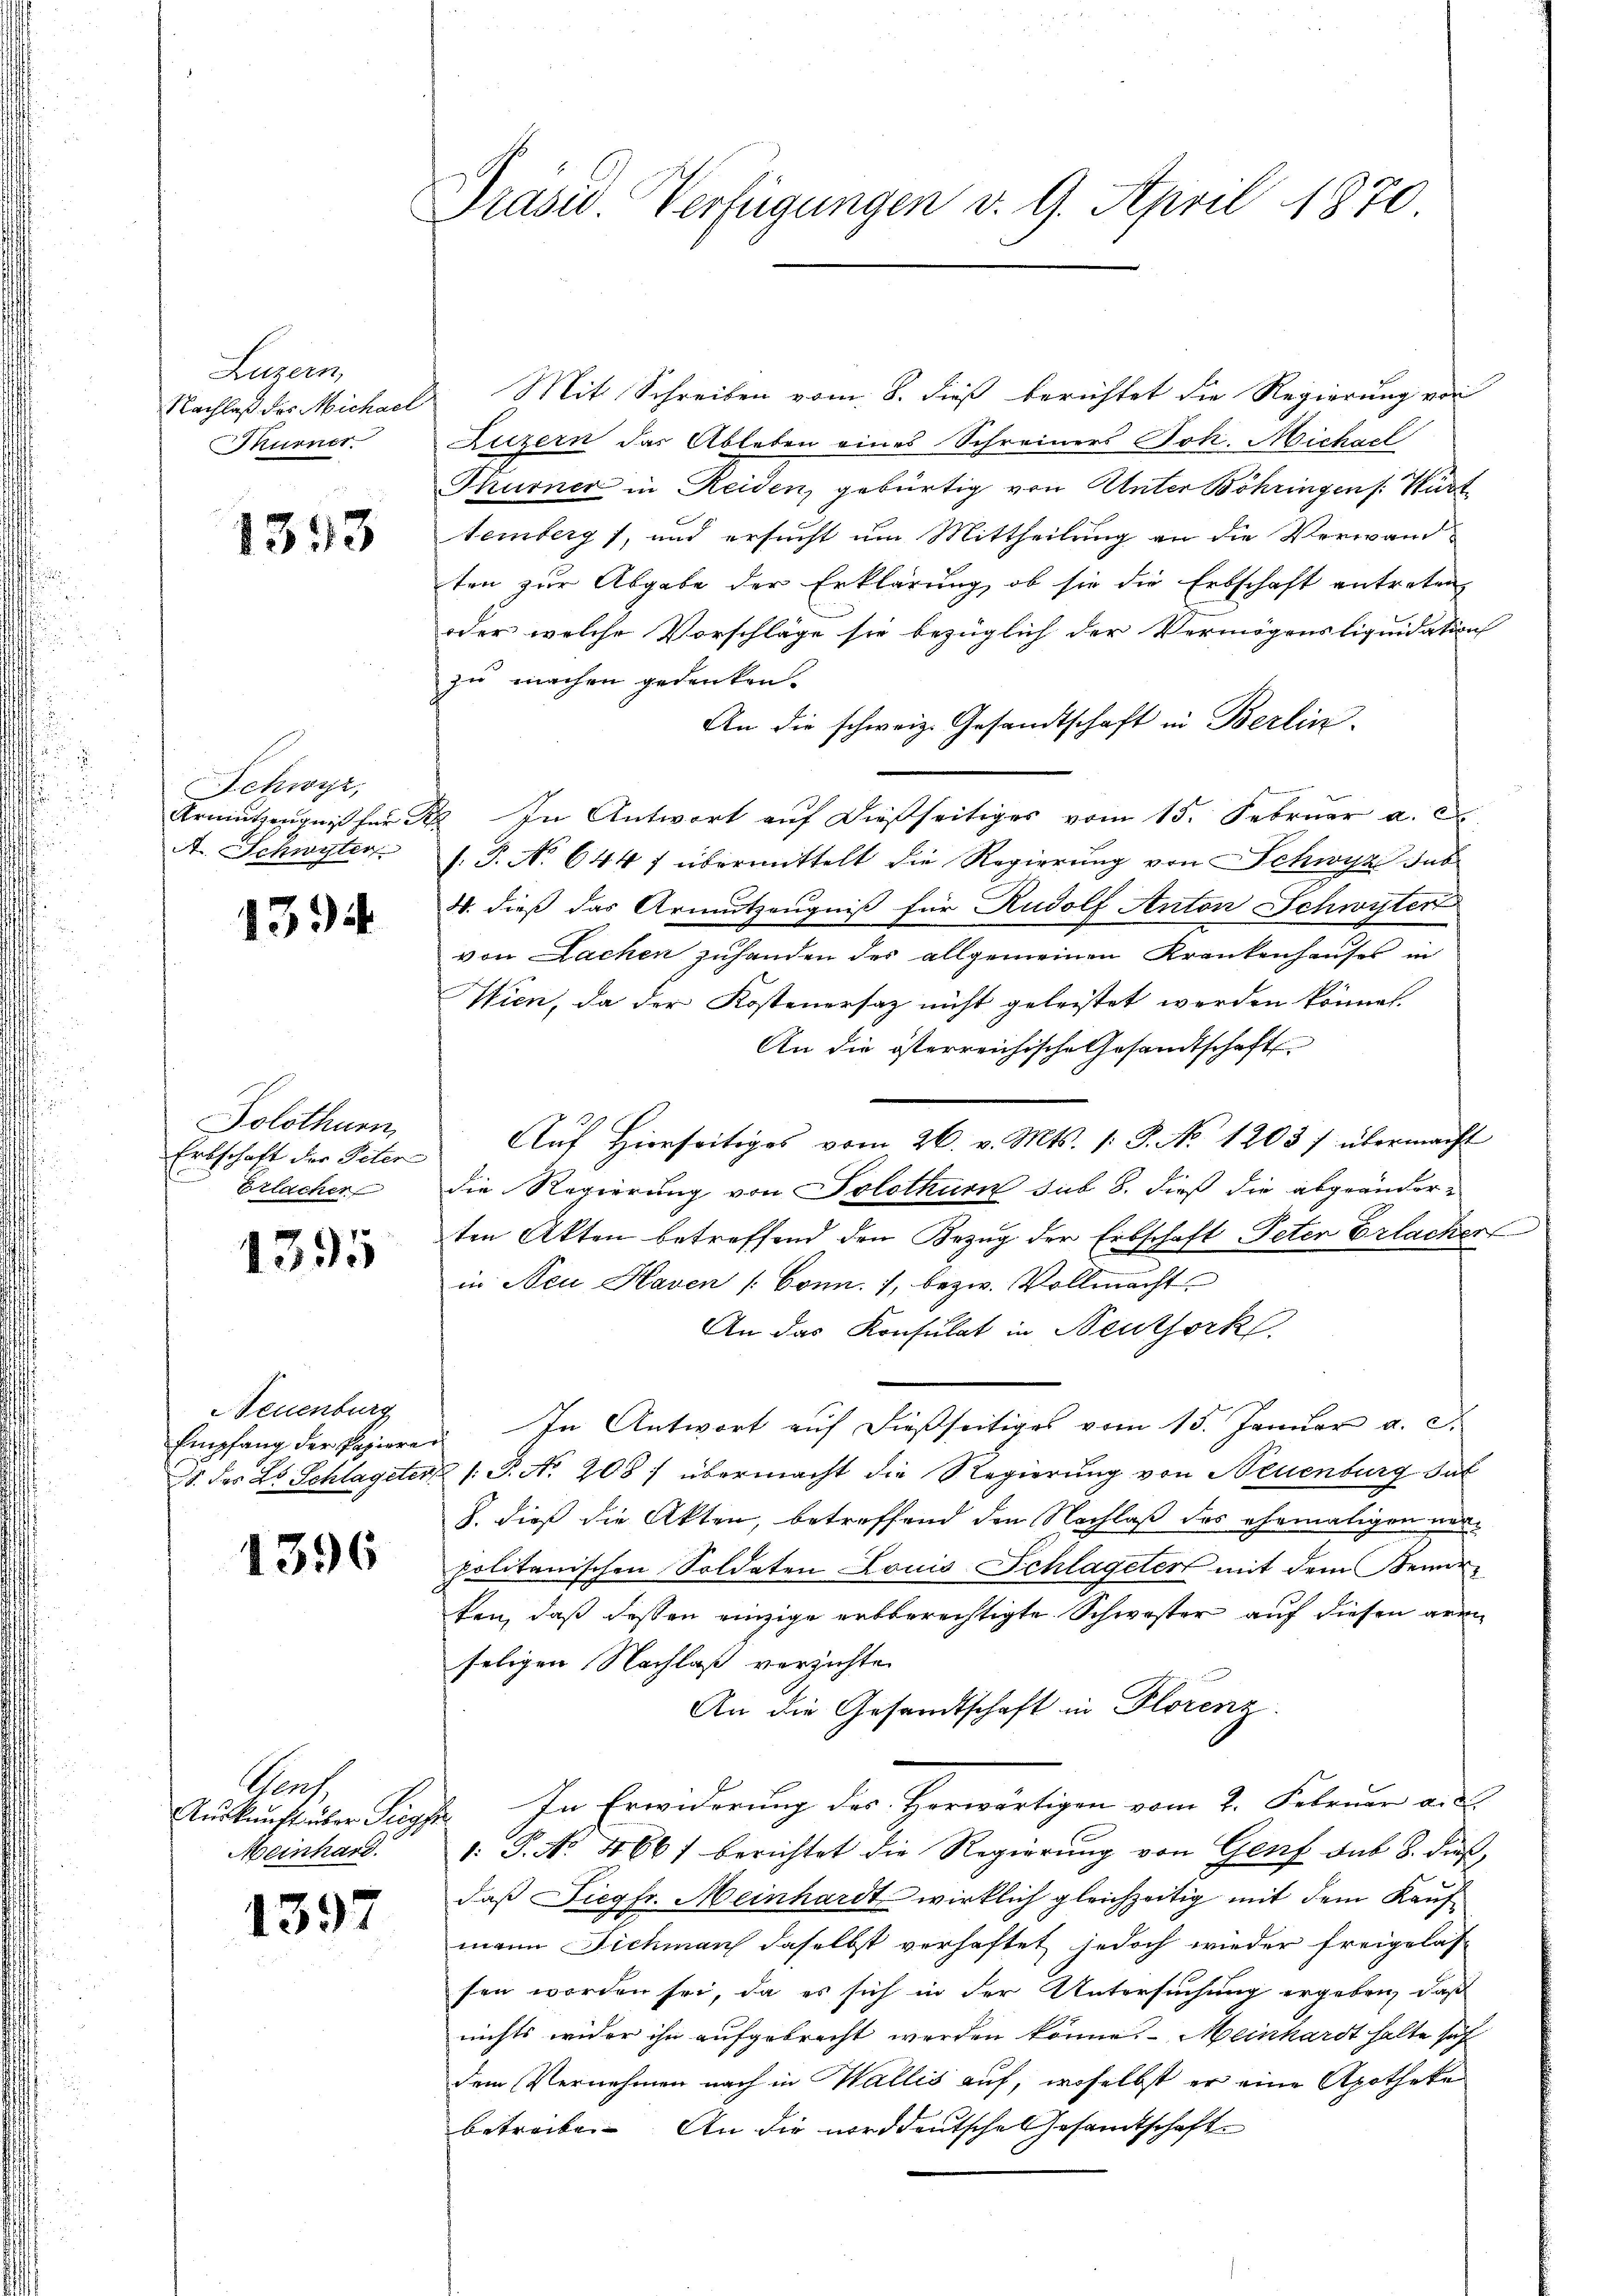
Luzern,
Nachlaß des Michael
Thurner

1343

Schwyz,
Armutzeugniß für A.
A. Schwyter

1394

Solothurn,
Erbschaft der Peter
Erlacher

1395

euenburg

1396

Konf
Meinhard.

1397

Prasis. Verfügungen v. 9. April 1870

2 Mit Schreiben vom 8. dieß berichtet die Regierung von
Luzern das Ableben eines Schreiners Joh. Michael
Thurner in Reiden, gebürtig von Unter Böhringen /: Würt
temberg), und ersucht um Mittheilung an die Verwandten zur Abgabe der Erklärung, ob sie die Erbschaft antreten
oder welche Vorschläge sie bezüglich der Vermögensliquidation
zu machen gedenken.
An die schweiz. Gesandtschaft in Berlin
2. In Antwort auf dießseitiges vom 15. Februar a. c.
s. P. No 644 f übermittelt die Regierung von Schwyz sub
W. dieß das Armutzeugniß für Rudolf Anton Schwister
von Lachen zuhanden des allgemeinen Krankenhauses in
Wien, da der Kostenersaz nicht geleistet werden können.
An die österreichische Gesandtschaft
Aŭf Hierseitiges vom 26. v. Mts. 1: P. No 1203/ übermacht
die Regierung von Solothurn sub 8. dieß die abgeänderten Akten betreffend den Bezug der Erbschaft Peten Erlacher
in Neu- Haven /: Conn. 1, bezw. Vollmacht
An das Konsulat in Neuthork
Empfang der Papieren. In Antwort auf dießseitiges vom 15. Januar a. c.
S. des L. Schlagster /: P. Nr. 208) übermacht die Regierung von Neuenburg Sat
8. dieß die Akten, betreffend den Nachlaß des ehemaligen werpolitanischen Soldaten Louis Schlageter mit dem enerten, daß dessen einzige erbberechtigte Schwester auf diesen arm
seligen Nachlaß verzichten
An die Gesandtschaft in Florenz.
Auskunft über Sipfe. In Erwiderung des Horwärtigen vom 2. Februar a. d.
1: P. Nr. 466 berichtet die Regierŭng von Genf sub 8. dieß,
daß Siegfr. Meinhardt wirklich gleichzeitig mit dem Kaufmann Dichman daselbst verhaftet jedoch wieder freigelas-
sen worden sei, da es sich in der Untersuchung ergeben, daß
nichts wider ihn aufgebracht werden könne. Meinhardt halte seh
dem Vernehmen nach in Wallis auf, woselbst er eine Apotheke
betreibe. An die norddeutsche Gesamtschaft